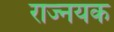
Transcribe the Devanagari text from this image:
राज्नयक